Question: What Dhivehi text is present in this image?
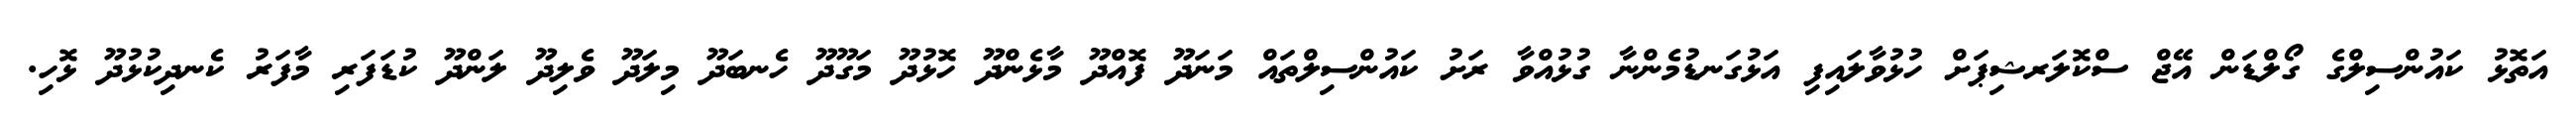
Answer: އަތޮޅު ކައުންސިލްގެ ގޯލްޑަން އޭޖް ސްކޮލަރޝިޕަށް ހުޅުވާލައިފި އަޅުގަނޑުމެންނާ ގުޅުއްވާ ރަށު ކައުންސިލްތައް މަނަދޫ ފޮއްދޫ މާޅެންދޫ ހޮޅުދޫ މަގޫދޫ ހެނބަދޫ މިލަދޫ ވެލިދޫ ލަންދޫ ކުޑަފަރި މާފަރު ކެނދިކުޅުދޫ ޅޮހި.